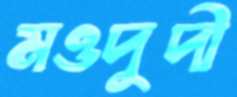
মওদুদী